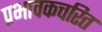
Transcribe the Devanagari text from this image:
प्रभावकचरित